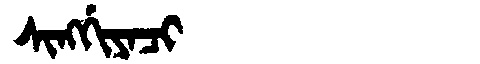
Manchu: ᠰᡳᠩᡤᡳᠶᠠᠴᡳ
Romanization: SINGGIYACI